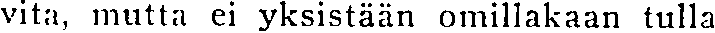
vita, mutta ei yksistään omillakaan tulla